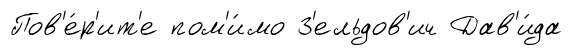
Пов'е́р'ит'е пом'и́мо З'ельдов'ич Дав'и́да